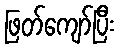
ဖြတ်ကျော်ပြီး